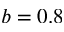
b = 0 . 8